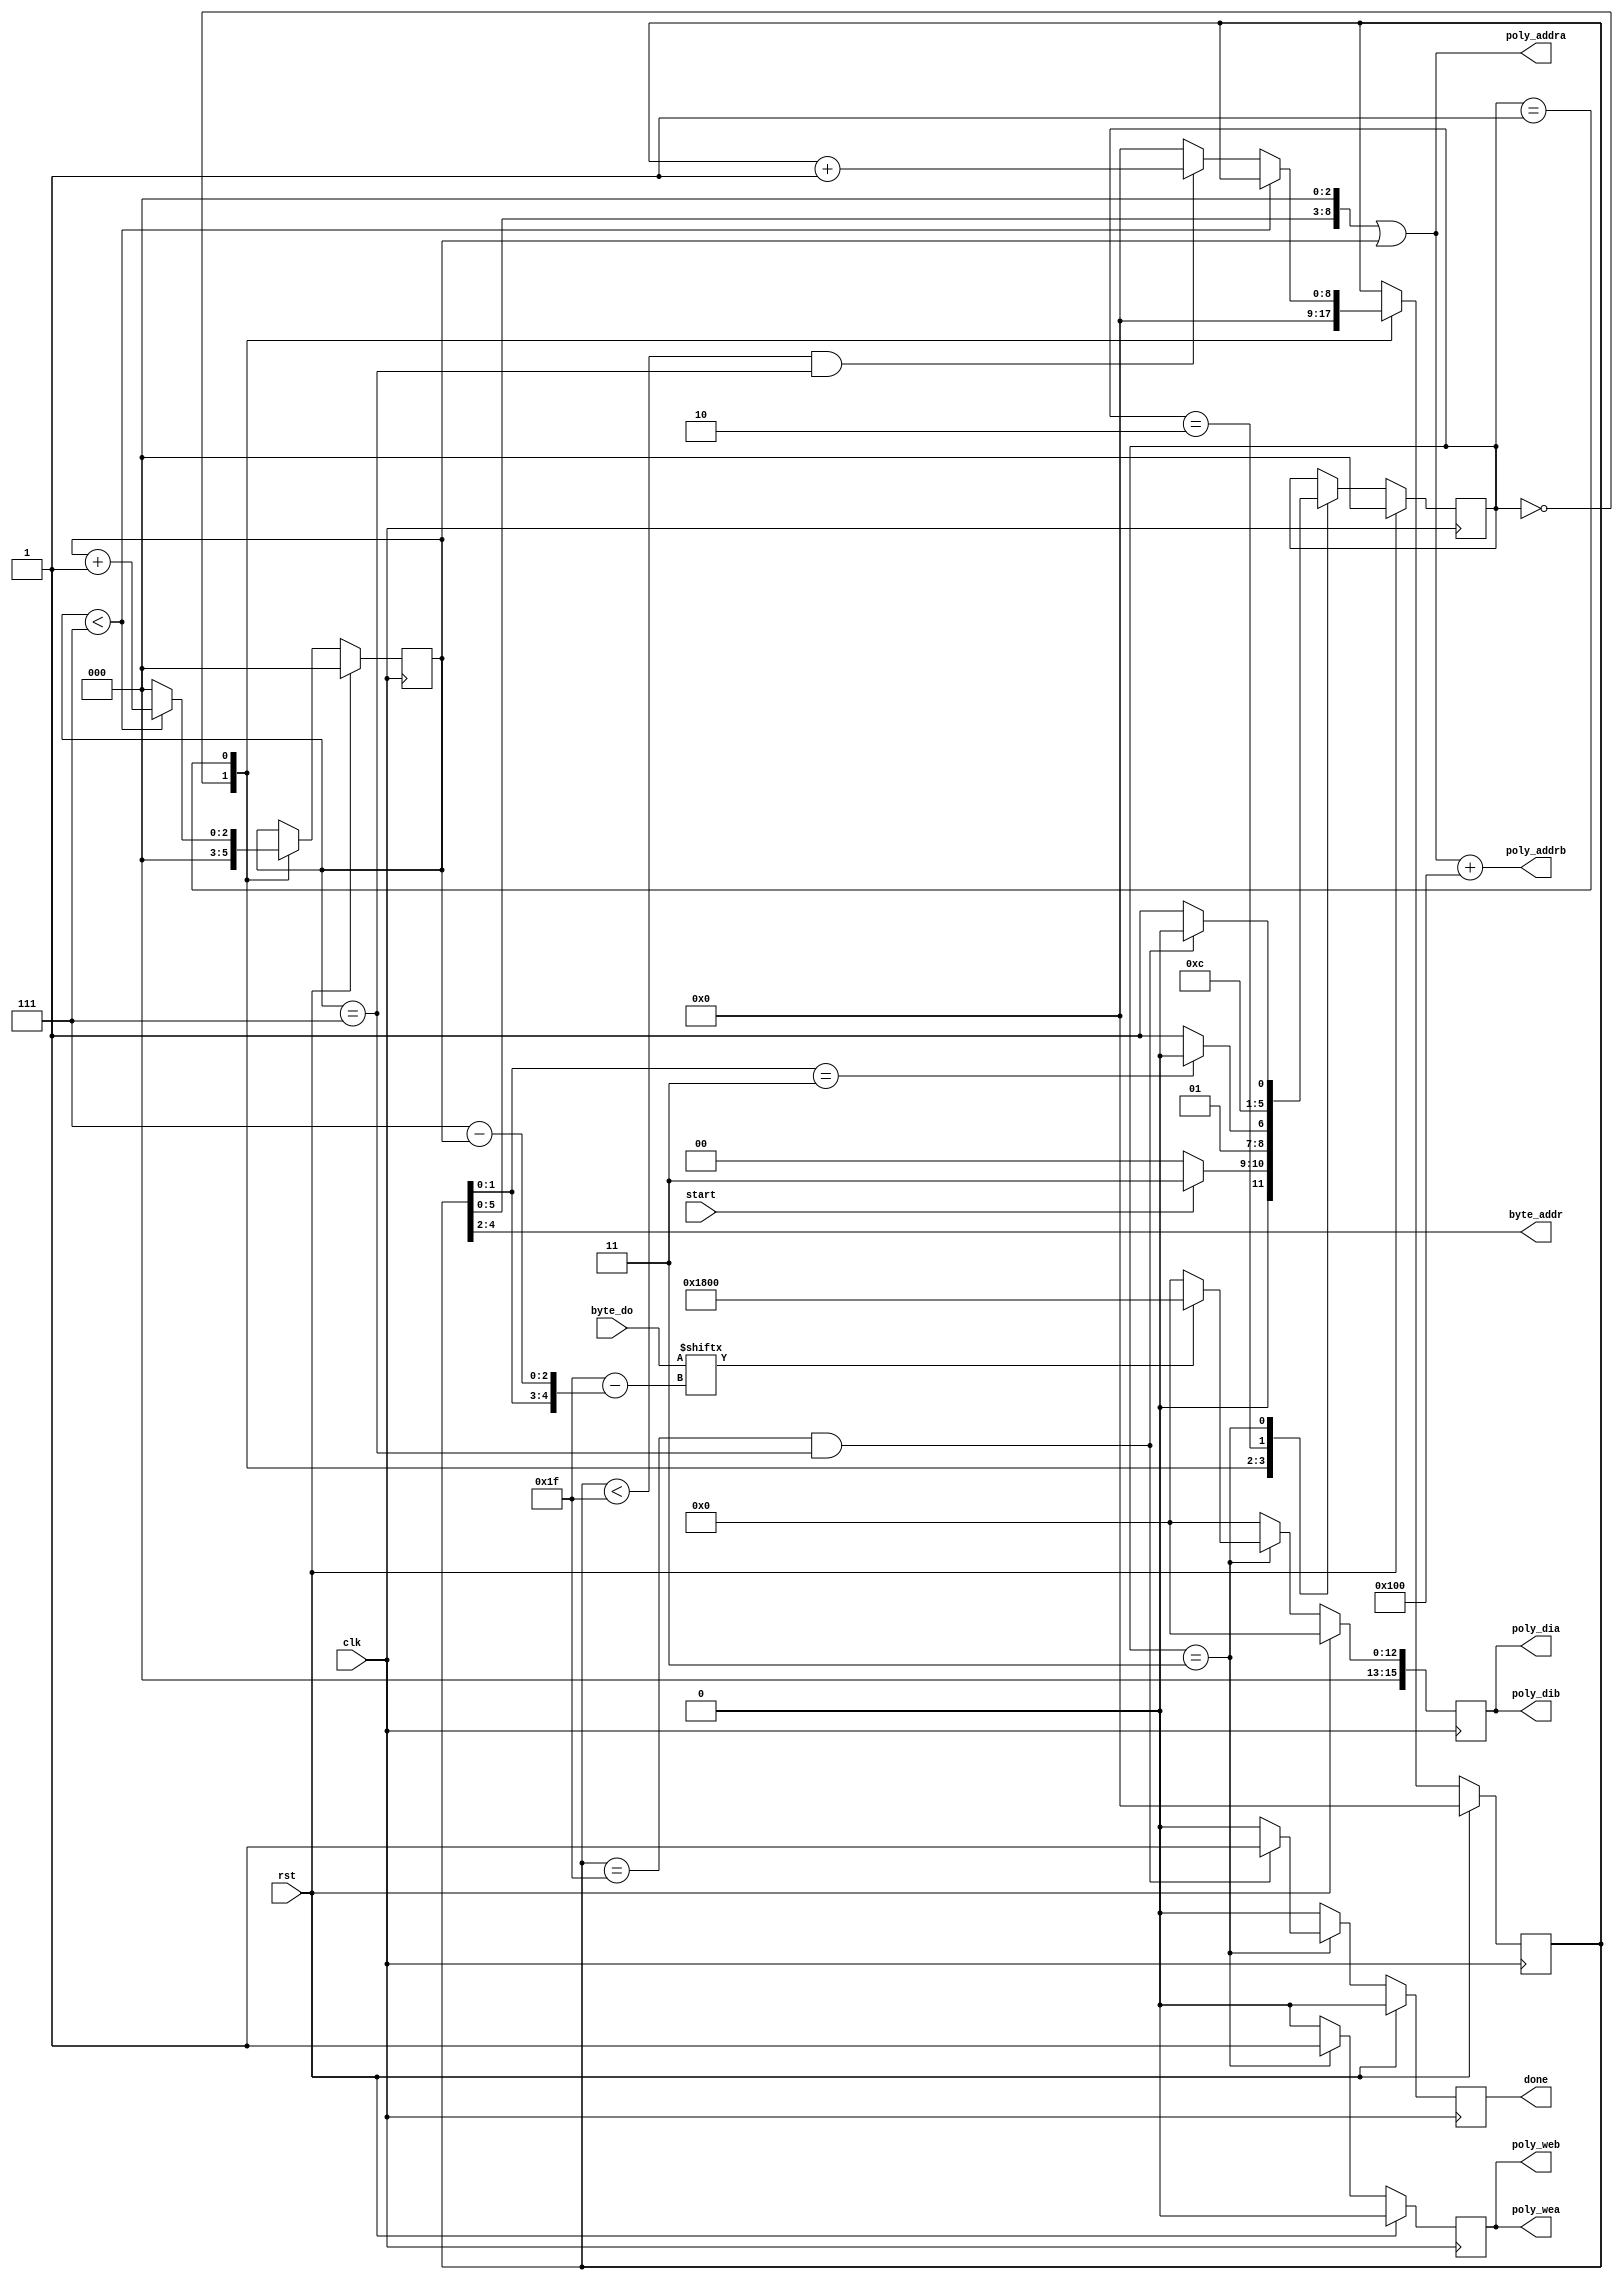
`timescale 1ns / 1ps
//////////////////////////////////////////////////////////////////////////////////
// Company: 
// Engineer: 
// 
// Design Name: 
// Module Name: encoder
// Project Name: 
// Target Devices: 
// Tool Versions: 
// Description: 
// 
// Dependencies: 
// 
// Revision:
// Revision 0.01 - File Created
// Additional Comments:
// 
//////////////////////////////////////////////////////////////////////////////////


module encoder( // basic inputs
    input clk,
    input rst,
    // control inputs
    input start,
    output reg done,
    // Input RAM signals
    output [2:0] byte_addr,
    input [0:31] byte_do,
    // output RAM signals
    output reg poly_wea,
    output wire [8:0] poly_addra,
    output reg [15:0] poly_dia,
    output poly_web,
    output wire [8:0] poly_addrb,
    output [15:0] poly_dib);
    
    reg [15:0] NEWHOPE_HALF_Q = 16'd6144;
    
    localparam
        HOLD    = 3'd0,
        UPDATE    = 3'd1,
        LOAD    = 3'd2,
        STORE  = 3'd3;
    reg [2:0] state, state_next;
    reg [8:0] i;
    reg [2:0] j;
    wire [4:0] bit_select;
    
   // byte addr assigment
    assign byte_addr = i[4:2]; 
    assign poly_addra = (i << 3) | j; 
    assign poly_addrb = ((i << 3) | j) + 256;
    assign bit_select = {i[1:0], 3'd7 - j[2:0]};
    
    // a and b ports are paralell for we and di
    assign poly_dib = poly_dia;
    assign poly_web = poly_wea;
    
    // combinational state logic
    always @(*) begin
        state_next = state;
    
        case (state) 
        HOLD: begin
            state_next = (start == 1'b1) ? STORE : HOLD;
        end
        UPDATE: begin
            // update ctr variables
            state_next = (i[1:0] == 2'b11) ? LOAD : STORE;
        end
        LOAD: begin
            // let new word load from byte ram
            state_next = STORE;
        end
        STORE: begin
            // 1 cycle to store corresponding values, also check if complete
            state_next = (j == 7 & i == 31) ? HOLD : UPDATE;
        end
        endcase
    end
    
    // sequential state logic
    always @(posedge clk) begin
        state <= (rst) ? HOLD : state_next;
    end
    
    
    // sequential output logic
    always @(posedge clk) begin
        // defaults
        done <= 1'b0;
    
       // output ram (polynomial)
        poly_wea   <= 1'b0;
        poly_dia   <= 16'b0;
        
        if (rst == 1'b1) begin
            i <= 0;
            j <= 0;
        end else begin
            case (state) 
            HOLD: begin
                i <= 0;
                j <= 0;
            end
            UPDATE: begin
                // update i and j
                j <= (j < 7) ? j + 1 : 0;
                
                i <= (j < 7) ? i :
                     (i < 31 & j == 7) ? i + 1 : 0;
            end
            LOAD: begin
                // let BYTE RAM update
            end            
            STORE: begin
                // write value to output poly
                poly_dia <= (byte_do[bit_select] == 1'b1) ? NEWHOPE_HALF_Q : 16'd0; 
                poly_wea <= 1;
                
                j <= j;
                i <= i;
                done <= (i == 31 & j == 7) ? 1 : 0;
            end
            endcase
        end
    end

endmodule